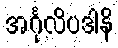
အင်္ဂုလိပဒါနိ